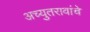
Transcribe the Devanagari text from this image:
अच्युतरावांचे